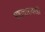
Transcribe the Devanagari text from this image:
भ्रष्टाचारावरही